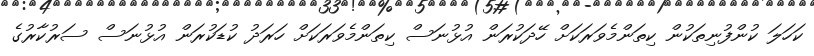
ކަހަލަ ކުންފުނިތަކުން ކިތަންމެވަރަކަށް ހޭދަކުރަން އުޅުނަސް ކިތަންމެވަރަކަށް ހަރަދު ކުޑަކުރަން އުޅުނަސް ސަރުކާރުގެ